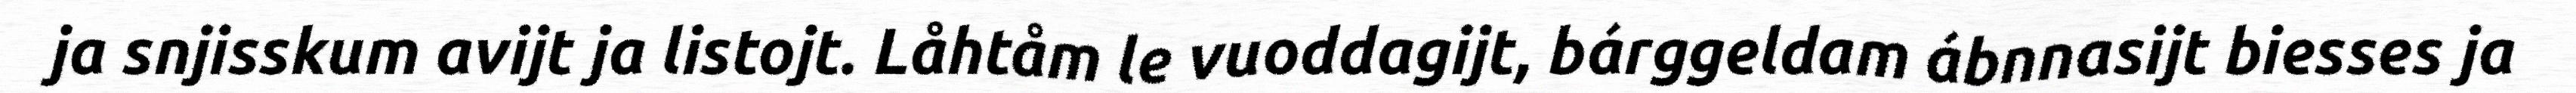
ja snjisskum avijt ja listojt. Låhtåm le vuoddagijt, bárggeldam ábnnasijt biesses ja